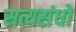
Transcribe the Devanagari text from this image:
सत्यसंधो